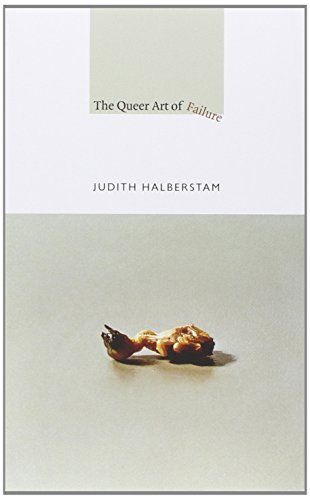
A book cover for The Queer Art of Failure (a John Hope Franklin Center Book); Judith Halberstam; Humor & Entertainment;